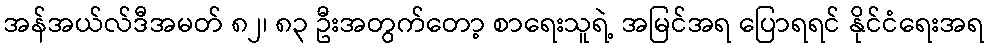
အန်အယ်လ်ဒီအမတ် ၈၂၊ ၈၃ ဦးအတွက်တော့ စာရေးသူရဲ့ အမြင်အရ ပြောရရင် နိုင်ငံရေးအရ